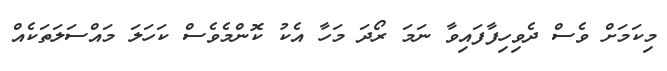
މިކަމަށް ވެސް ދެވިހިފާފައިވާ ނަމަ ރޯދަ މަހާ އެކު ކޮންމެވެސް ކަހަލަ މައްސަލަތަކެއް